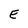
Character: E